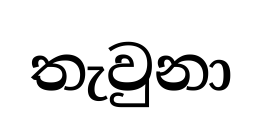
තැවුනා